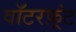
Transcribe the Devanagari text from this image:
वाॅटरफ़्रंट